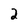
Character: 2